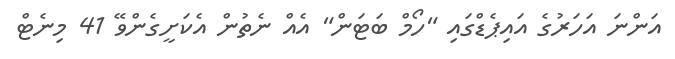
އަންނަ އަހަރުގެ އައިޕެޑްގައި "ހޯމް ބަޓަން" އެއް ނެތުން އެކަށީގެންވޭ 41 މިނެޓް